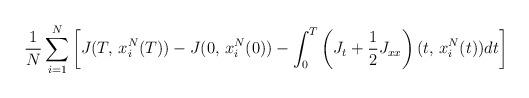
LaTeX: \begin{align*}\frac{1}{N}\sum_{i=1}^{N}\left[J(T,\,x_{i}^{N}(T))-J(0,\,x_{i}^{N}(0))-\int_{0}^{T}\left(J_{t}+\frac{1}{2}J_{xx}\right)(t,\,x_{i}^{N}(t))dt\right]\end{align*}